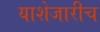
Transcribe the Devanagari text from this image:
याशेजारीच